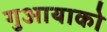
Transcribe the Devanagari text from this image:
गुआयाको